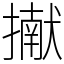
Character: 擜